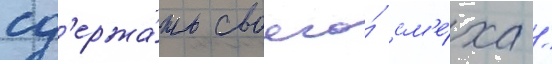
сд'ержа́ть своего́ см'е́ха /